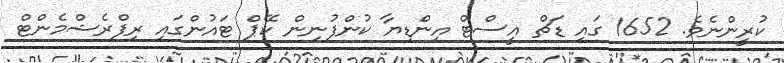
ކުރީންނެވެ. 1652 ގައި ޑަޗް އީސްޓް އިންޑިޔާ ކުންފުނިން ކޭޕް ޓައުންގައިި ރިފްރެޝްމެންޓް